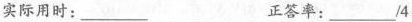
实际用时:___ 正答率:___4